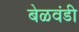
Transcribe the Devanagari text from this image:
बेळवंडी